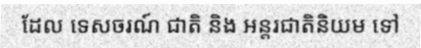
ដែល ទេសចរណ៍ ជាតិ និង អន្តរជាតិនិយម ទៅ